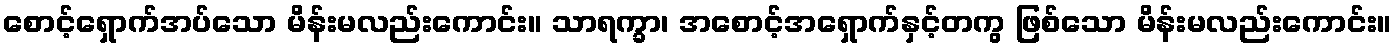
စောင့်ရှောက်အပ်သော မိန်းမလည်းကောင်း။ သာရက္ခာ၊ အစောင့်အရှောက်နှင့်တကွ ဖြစ်သော မိန်းမလည်းကောင်း။